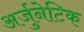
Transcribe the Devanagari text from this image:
अर्जुनेटिक